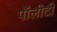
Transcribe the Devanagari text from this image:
पॉलीटी